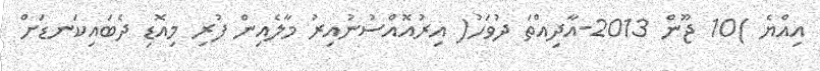
އިއްޔެ )10 ޖޫން 2013-އާދިއްތަ ދުވަހު( އިރުއޮއްސުނުއިރު މާލެއިން ފުރި މިއޮޑި ދެބައިކަނޑަށް